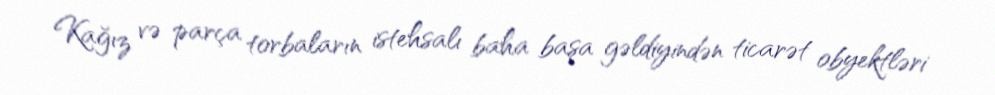
Kağız və parça torbaların istehsalı baha başa gəldiyindən ticarət obyektləri